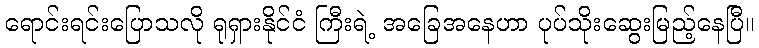
ရောင်းရင်းပြောသလို ရုရှားနိုင်ငံ ကြီးရဲ့ အခြေအနေဟာ ပုပ်သိုးဆွေးမြည့်နေပြီ။